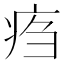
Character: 𤵰